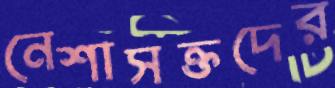
নেশাসক্তদের